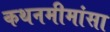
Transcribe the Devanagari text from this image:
कथनमीमांसा